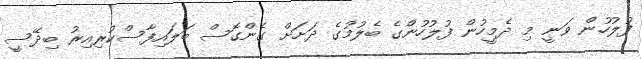
ފުލުހުން ވަނީ މި ދެމީހުން ފުލުހުންގެ ބެލުމުގެ ދަށަށް ގެންގޮސް ބަލައިފާސްކުރިއިރު ބިދޭސީ